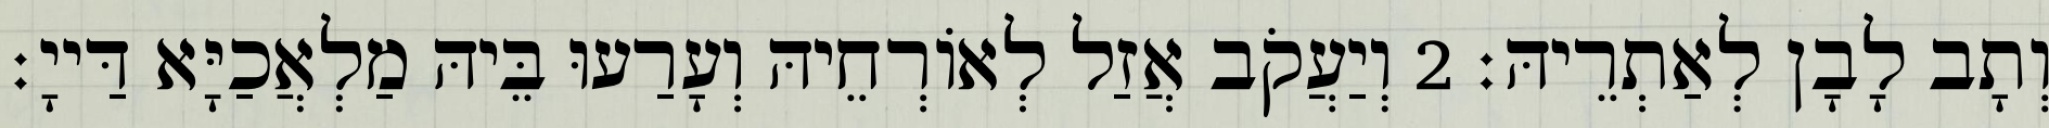
וְתָב לָבָן לְאַתְרֵיהּ׃ 2 וְיַעֲקֹב אֲזַל לְאוֹרְחֵיהּ וְעָרַעוּ בֵּיהּ מַלְאֲכַיָּא דַּייָ׃